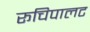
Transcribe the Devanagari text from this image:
रूचिपालट